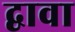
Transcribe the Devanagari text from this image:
द्वावा